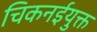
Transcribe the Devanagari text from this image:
चिकनईयुक्त